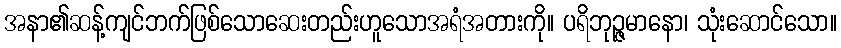
အနာ၏ဆန့်ကျင်ဘက်ဖြစ်သောဆေးတည်းဟူသောအရံအတားကို။ ပရိဘုဉ္ဇမာနော၊ သုံးဆောင်သော။